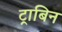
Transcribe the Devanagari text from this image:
ट्राबिन